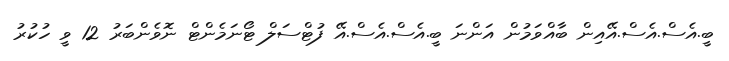
ބީ.އެސް.އެސް.އޭއިން ބާއްވަމުން އަންނަ ބީ.އެސް.އެސް.އޭ ފުޓްސަލް ޓޯނަމެންޓް ނޮވެންބަރު 12 ވީ ހުކުރު